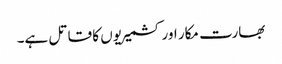
بھارت مکار اور کشمیریوں کا قاتل ہے۔